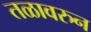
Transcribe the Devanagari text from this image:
तळावरुन